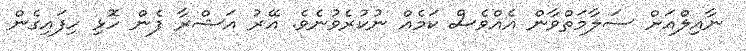
ނާއިލްއަށް ސަލާމަތްވާން އެއްވެސް ކަމެއް ނުކުރެވުނެވެ. އޭރު އަޝްރާ ފެން ހޮޅި ހިފައިގެން